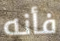
فأنه